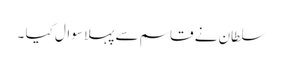
سلطان نے قاسم سے پہلا سوال کیا ۔